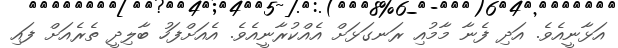
އަޅާނީއެވެ. އަދި ފެނާ މާމުއި ރަނގަޅަށް އެއްކުރާނީއެވެ. އެއަށްފަހު ބާލިދީ ތެރެއަށް ފައި